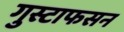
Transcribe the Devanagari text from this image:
गुस्टाफसन